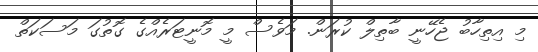
މި އިތިހާބު ޖެހޭނީ ބާތިލް ކުރަން. މަވެސް މީ މޮނީޓަރެއްގެ ގޮތުގަ މަސަކަތް